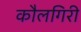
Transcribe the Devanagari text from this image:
कौलगिरी